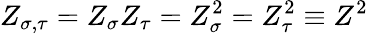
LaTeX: Z_{\sigma,\tau}=Z_{\sigma}Z_{\tau}=Z_{\sigma}^{2}=Z_{\tau}^{2}\equiv Z^{2}